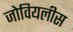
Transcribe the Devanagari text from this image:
जोवियलीस